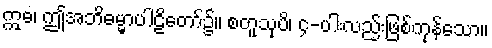
ဣဓ၊ ဤအဘိဓမ္မာပါဠိတော်၌။ စတူသုပိ၊ ၄-ပါးလည်းဖြစ်ကုန်သော။